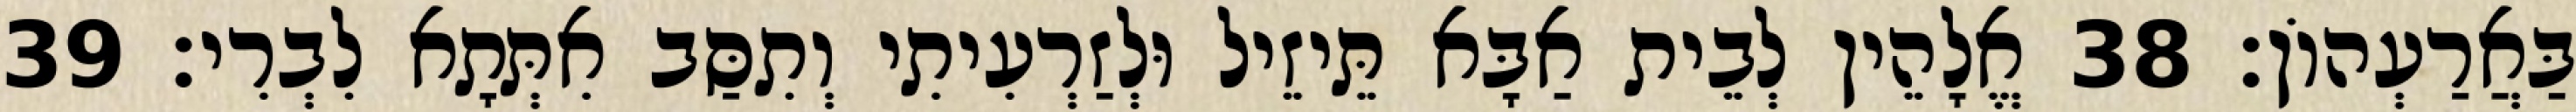
בַּאֲרַעְהוֹן׃ 38 אֱלָהֵין לְבֵית אַבָּא תֵּיזֵיל וּלְזַרְעִיתִי וְתִסַּב אִתְּתָא לִבְרִי׃ 39